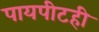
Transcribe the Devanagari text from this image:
पायपीटही